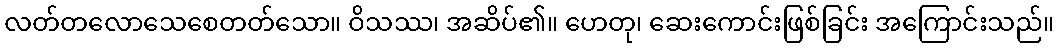
လတ်တလောသေစေတတ်သော။ ဝိသဿ၊ အဆိပ်၏။ ဟေတု၊ ဆေးကောင်းဖြစ်ခြင်း အကြောင်းသည်။